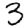
Digit: 3